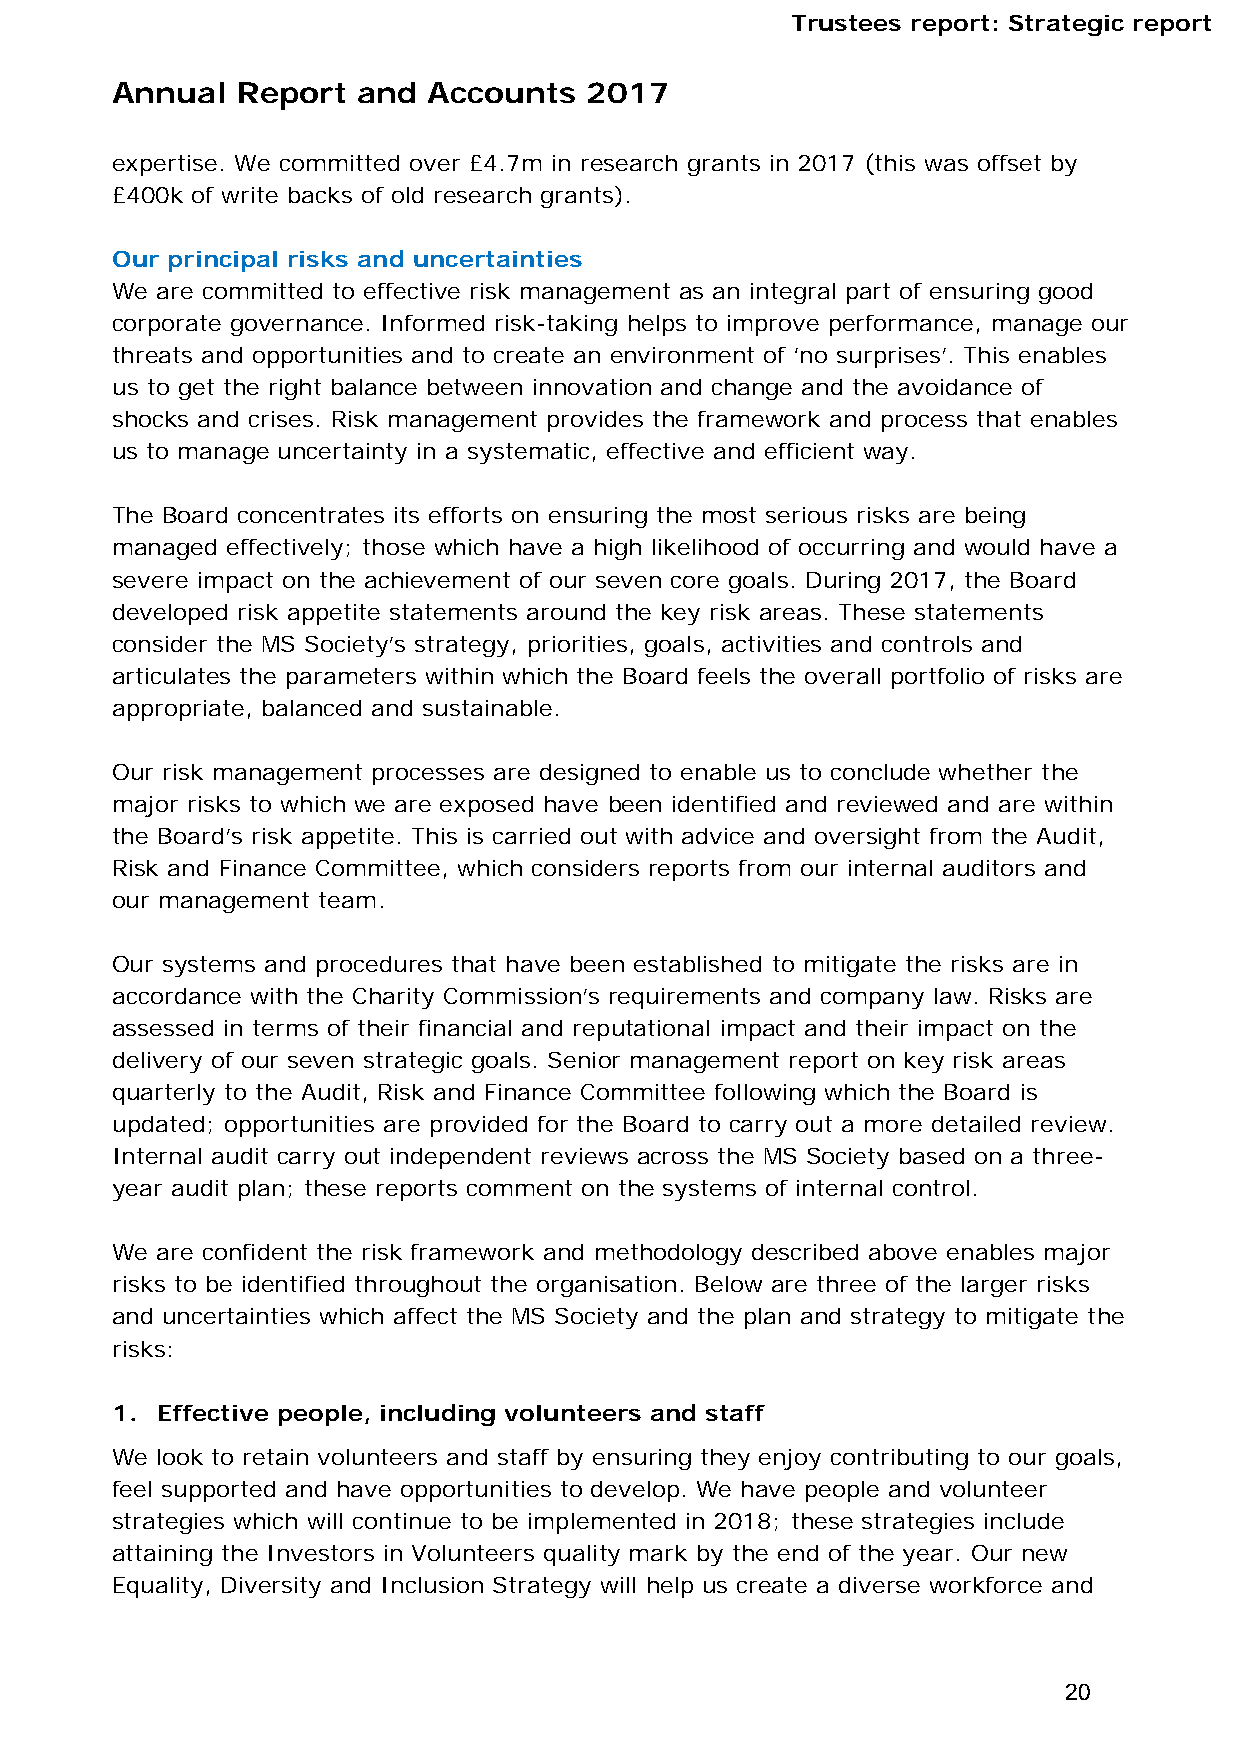
TTrruusstteeeess rreeppoorrtt:: SSttrraatteeggiicc rreeppoorrtt
 Annual   Report  and Accounts   2017
 expertise. We committed over £4.7m in research grants in 2017 (this was offset by
 £400k of write backs of old research grants).
 Our principal risks and uncertainties
 We are committed to effective risk management as an integral part of ensuring good
 corporate governance. Informed risk-taking helps to improve performance, manage our
 threats and opportunities and to create an environment of ‘no surprises’. This enables
 us to get the right balance between innovation and change and the avoidance of
 shocks and crises. Risk management provides the framework and process that enables
 us to manage uncertainty in a systematic, effective and efficient way.
 The Board concentrates its efforts on ensuring the most serious risks are being
 managed effectively; those which have a high likelihood of occurring and would have a
 severe impact on the achievement of our seven core goals. During 2017, the Board
 developed risk appetite statements around the key risk areas. These statements
 consider the MS Society’s strategy, priorities, goals, activities and controls and
 articulates the parameters within which the Board feels the overall portfolio of risks are
 appropriate, balanced and sustainable.
 Our risk management processes are designed to enable us to conclude whether the
 major risks to which we are exposed have been identified and reviewed and are within
 the Board’s risk appetite. This is carried out with advice and oversight from the Audit,
 Risk and Finance Committee, which considers reports from our internal auditors and
 our management team.
 Our systems and procedures that have been established to mitigate the risks are in
 accordance with the Charity Commission’s requirements and company law. Risks are
 assessed in terms of their financial and reputational impact and their impact on the
 delivery of our seven strategic goals. Senior management report on key risk areas
 quarterly to the Audit, Risk and Finance Committee following which the Board is
 updated; opportunities are provided for the Board to carry out a more detailed review.
 Internal audit carry out independent reviews across the MS Society based on a three-
 year audit plan; these reports comment on the systems of internal control.
 We are confident the risk framework and methodology described above enables major
 risks to be identified throughout the organisation. Below are three of the larger risks
 and uncertainties which affect the MS Society and the plan and strategy to mitigate the
 risks:
 1. Effective people, including volunteers and staff
 We look to retain volunteers and staff by ensuring they enjoy contributing to our goals,
 feel supported and have opportunities to develop. We have people and volunteer
 strategies which will continue to be implemented in 2018; these strategies include
 attaining the Investors in Volunteers quality mark by the end of the year. Our new
 Equality, Diversity and Inclusion Strategy will help us create a diverse workforce and
 20